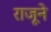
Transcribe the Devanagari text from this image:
राजूने